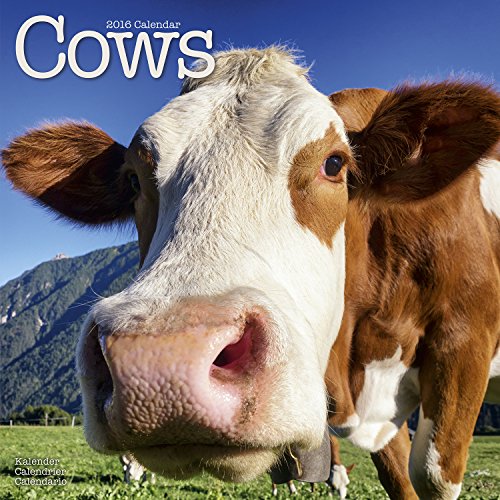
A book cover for Cows Calendar - 2016 Wall calendars - Animal Calendar - Monthly Wall Calendar by Avonside; MegaCalendars; Calendars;